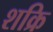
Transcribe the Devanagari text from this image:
शक्रि